Civil Veterinary Department Bihar reports 1940-50 - 1940-1950
Year: 1940
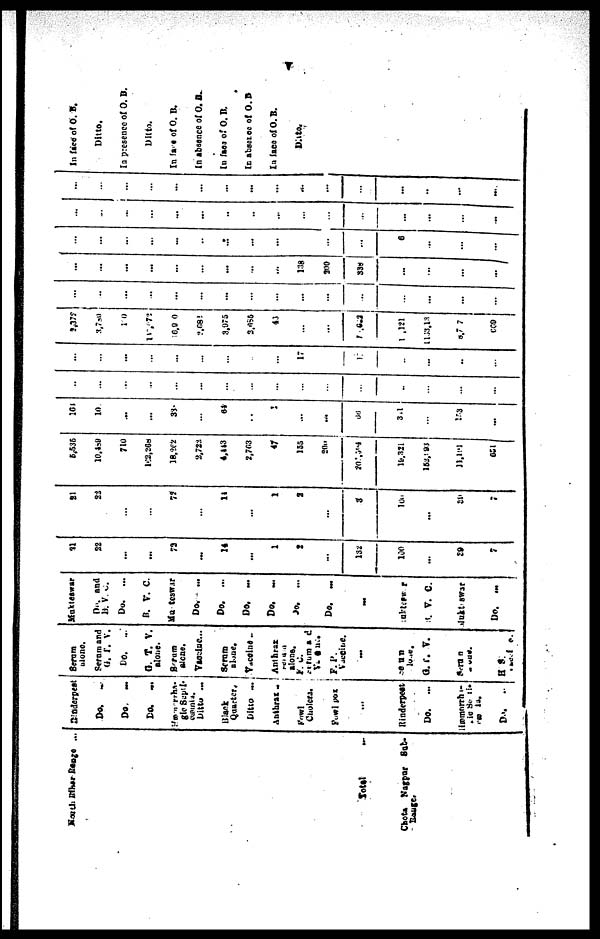
v
North Bihar Range ...
Total
Chota
Nagpur Sub-
Range.
Dinderpest
Do. ...
Do. ...
Do.
...
Hæmorrha-
gic Sapti-
cæmia.
Ditto ...
Black
Quarter,
Ditto ...
Anthrax
Fowl
Cholera.
Fowl pox
...
Rinderpest
Do.
...
Hæmorrha-
gic
Septi-
cæmia.
Do. ...
Serum
alone.
Serum and
G. T. V.
Do.
...
G. T. V.
alone.
Serum
alone.
Vaocine..
Serum
alone.
Vacoine..
Anthrax
Serum
alone.
F. C.
Serum
Vaccine
F. P.
Vaccine
...
Serum
alone.
G. T. V.
Serum
alone
H. S.
Mukteswar
Do. and
B. V. C.
Do.
...
B. V. C.
Mukteswar
Do.
...
Do.
...
Do. ...
Do. ...
Do.
...
Do. ...
...
Mukteswar
B. V. C.
Mukteswar
Do. ...
31
22
...
...
73
...
14
...
1
2
...
132
100
...
39
7
21
22
...
...
72
...
44
...
1
2
...
3
100.
...
39
7
5,535
10,489
710
102,208
18,262
2,722
4,443
2,703
47
155
200
201,504
19,321
152,193
11,191
651 ,
161
10.
...
...
33
...
64
...
...
...
...
36
311
...
153
...
...
...
...
...
...
...
...
...
...
...
...
...
...
...
...
...
...
...
...
...
...
...
...
...
...
17
...
1
...
...
...
...
2,372
3,789
110
117,872
10,9 0
2,682
3,975
3685
43
...
...
1,622
1 ,121
11,53,13
8,7 7
669
...
...
...
...
...
...
...
...
...
...
...
...
...
...
...
...
...
...
...
...
...
...
...
...
...
138
300
338
...
...
...
...
...
...
...
...
...
...
...
...
...
...
...
...
6
...
...
...
...
...
...
...
...
...
...
...
...
...
...
...
...
...
...
...
...
...
...
...
...
...
...
...
...
...
...
...
...
...
...
In face of O. B.
Ditto.
In presence of O. B.
Ditto.
In face of O. B.
In absence of O. B.
In face of O. B.
In absence of O. B
In face of O. B.
Ditto.